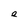
Character: e